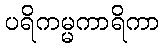
ပရိကမ္မကာရိကာ